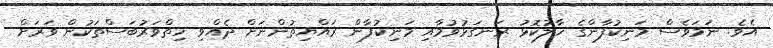
އެވެ. ނަމަވެސް މަނިކުފާންގެ ހާލުކޮޅު ރަނގަޅުވުމާއި މަނިކުފާން ރައްޔިތުންނަށް ދެއްވި ހިތްވަރުބަސްތަކުން ވަރަށް